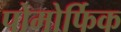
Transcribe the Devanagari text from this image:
पोमोर्फिक